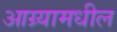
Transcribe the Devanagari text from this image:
आग्र्यामधील